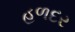
હળદર